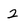
Character: 2